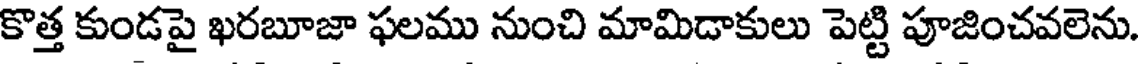
కొత్త కుండపై ఖరబూజా ఫలము నుంచి మామిడాకులు పెట్టి పూజించవలెను.